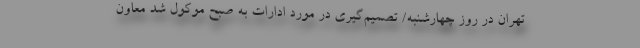
تهران در روز چهارشنبه/ تصمیم‌گیری در مورد ادارات به صبح موکول شد معاون